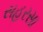
સહરસા